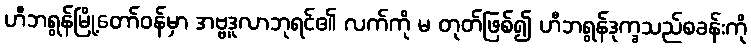
ဟီဘရွန်မြို့တော်ဝန်မှာ အဗ္ဗဒူလာဘုရင်၏ လက်ကို မ တုတ်ဖြစ်၍ ဟီဘရွန်ဒုက္ခသည်စခန်းကို